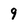
Character: 9